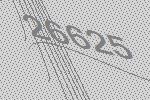
26625